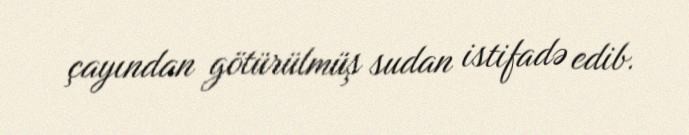
çayından götürülmüş sudan istifadə edib.